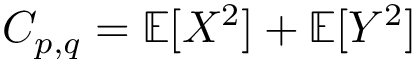
C _ { p , q } = \mathbb { E } [ X ^ { 2 } ] + \mathbb { E } [ Y ^ { 2 } ]